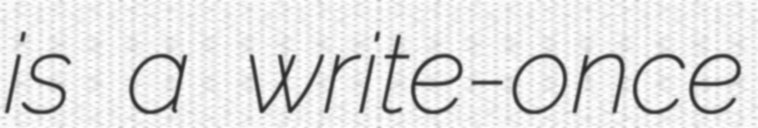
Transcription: is a write-once